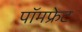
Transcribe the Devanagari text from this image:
पॉमफ्रेट